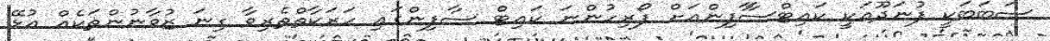
ސަބަބަކީ ފުނަދޫއަކީ ކައިޓްސާާފިންއަށް ފޯރިހުންނަ ކައިޓް ސާފިންގައި ހަރަކާތްތެރިވާ ގިނަ ޒުވާނުންތަކެއް އުޅޭ